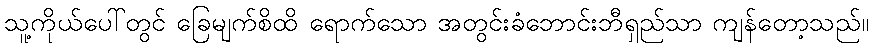
သူ့ကိုယ်ပေါ်တွင် ခြေမျက်စိထိ ရောက်သော အတွင်းခံဘောင်းဘီရှည်သာ ကျန်တော့သည်။